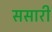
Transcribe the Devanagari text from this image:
ससारी